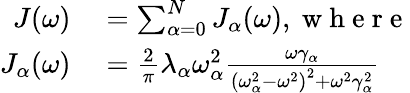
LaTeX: \begin{array}{rl}{J(\omega)}&{{}=\sum_{\alpha=0}^{N}J_{\alpha}(\omega),\mathrm{~w~h~e~r~e~}}\\ {J_{\alpha}(\omega)}&{{}=\frac{2}{\pi}\lambda_{\alpha}\omega_{\alpha}^{2}\frac{\omega\gamma_{\alpha}}{\left(\omega_{\alpha}^{2}-\omega^{2}\right)^{2}+\omega^{2}\gamma_{\alpha}^{2}}}\end{array}